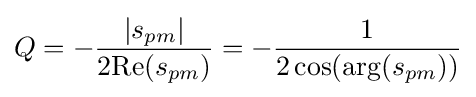
Q=-{\frac {|s_{pm}|}{2\mathrm {Re} (s_{pm})}}=-{\frac {1}{2\cos(\arg(s_{pm}))}}